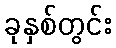
ခုနှစ်တွင်း